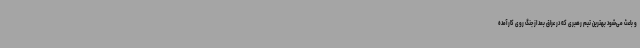
و باعث می‌شود بهترین تیم رهبری که در عراق بعد از جنگ روی کار آمده